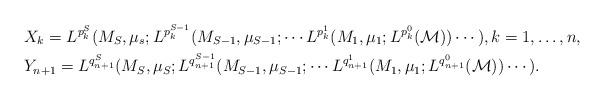
LaTeX: \begin{align*}&X_k=L^{p_k^S} (M_S,\mu_s; L^{p_k^{S-1}} (M_{S-1},\mu_{S-1};\cdots L^{p_k^{1}} (M_{1},\mu_{1}; L^{p_k^{0}}(\mathcal M))\cdots),k=1,\ldots,n, \\ &Y_{n+1}=L^{q_{n+1}^S} (M_S,\mu_S; L^{q_{n+1}^{S-1}} (M_{S-1},\mu_{S-1};\cdots L^{q_{n+1}^{1}} (M_{1},\mu_{1}; L^{q_{n+1}^{0}}(\mathcal M))\cdots).\end{align*}